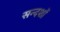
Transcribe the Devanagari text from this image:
सन्दशों